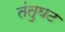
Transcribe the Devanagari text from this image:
तंतुघट